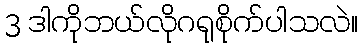
3 ဒါကိုဘယ်လိုဂရုစိုက်ပါသလဲ။